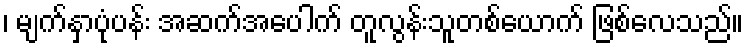
၊ မျက်နှာပုံပန်း အဆက်အပေါက် တူလွန်းသူတစ်ယောက် ဖြစ်လေသည်။